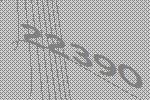
22390